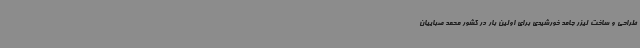
طراحی و ساخت لیزر جامد خورشیدی برای اولین بار در کشور محمد صباییان